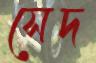
সেদ